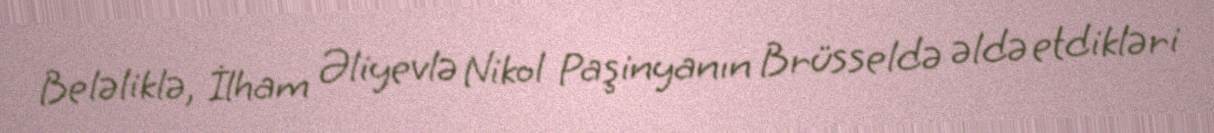
Beləliklə, İlham Əliyevlə Nikol Paşinyanın Brüsseldə əldə etdikləri